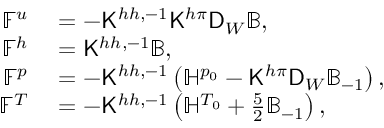
\begin{array} { r l } { \mathbb { F } ^ { u } } & { { } = - \mathsf { K } ^ { h h , - 1 } \mathsf { K } ^ { h \pi } \mathsf { D } _ { W } \mathbb { B } , } \\ { \mathbb { F } ^ { h } } & { { } = \mathsf { K } ^ { h h , - 1 } \mathbb { B } , } \\ { \mathbb { F } ^ { p } } & { { } = - \mathsf { K } ^ { h h , - 1 } \left( \mathbb { H } ^ { p _ { 0 } } - \mathsf { K } ^ { h \pi } \mathsf { D } _ { W } \mathbb { B } _ { - 1 } \right) , } \\ { \mathbb { F } ^ { T } } & { { } = - \mathsf { K } ^ { h h , - 1 } \left( \mathbb { H } ^ { T _ { 0 } } + \frac { 5 } { 2 } \mathbb { B } _ { - 1 } \right) , } \end{array}